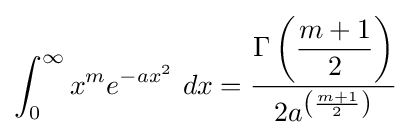
\int _{0}^{\infty }x^{m}e^{-ax^{2}}\ dx={\frac {\Gamma \left({\dfrac {m+1}{2}}\right)}{2a^{\left({\frac {m+1}{2}}\right)}}}